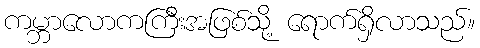
ကမ္ဘာလောကကြီးအဖြစ်သို့ ရောက်ရှိလာသည်။